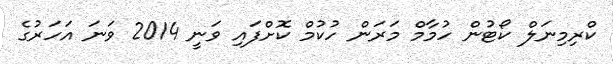
ކްރިމިނަލް ކޯޓުން ހުމާމް މަރަން ހުކުމް ކޮށްފައި ވަނީ 2014 ވަަނަ އަހަރުގެ